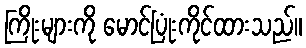
ကြိုးများကို မောင်ပြုံးကိုင်ထားသည်။